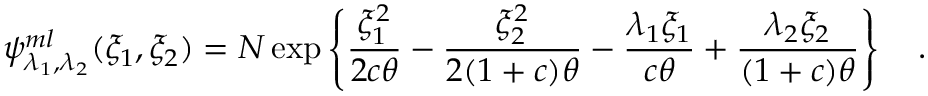
\psi _ { \lambda _ { 1 } , \lambda _ { 2 } } ^ { m l } ( \xi _ { 1 } , \xi _ { 2 } ) = N \exp \left\lbrace { \frac { \xi _ { 1 } ^ { 2 } } { 2 c \theta } } - { \frac { \xi _ { 2 } ^ { 2 } } { 2 ( 1 + c ) \theta } } - { \frac { \lambda _ { 1 } \xi _ { 1 } } { c \theta } } + { \frac { \lambda _ { 2 } \xi _ { 2 } } { ( 1 + c ) \theta } } \right\rbrace \quad .